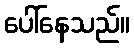
ပေါ်နေသည်။